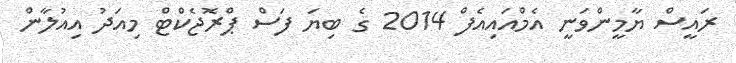
ރައީސް ޔާމީންވަނީ އެމްއައިއެފް 2014 ގެ ބިޔަ ފަސް ޕްރޮޖެކްޓް މިއަދު އިއުލާން